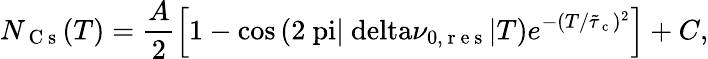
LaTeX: N_{\mathrm{~C~s~}}(T)=\frac{A}{2}\left[1-\cos\left(2\mathrm{\ pi}|\mathrm{\ delta}\nu_{0,\mathrm{~r~e~s~}}|T\right)e^{-(T/\tilde{\mathit{\tau}}_{\mathrm{~c~}})^{2}}\right]+C,